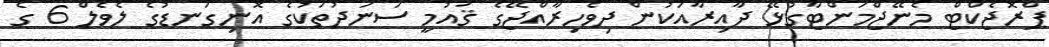
ޕްރޮޖެކްޓް މެނޭޖްމަންޓާގުޅޭ ދާއިރާއަކުން ދިވެހިރާއްޖޭގެ ޤައުމީ ސަނަދުތަކުގެ އޮނިގަނޑުގެ ލެވެލް 6 ގެ